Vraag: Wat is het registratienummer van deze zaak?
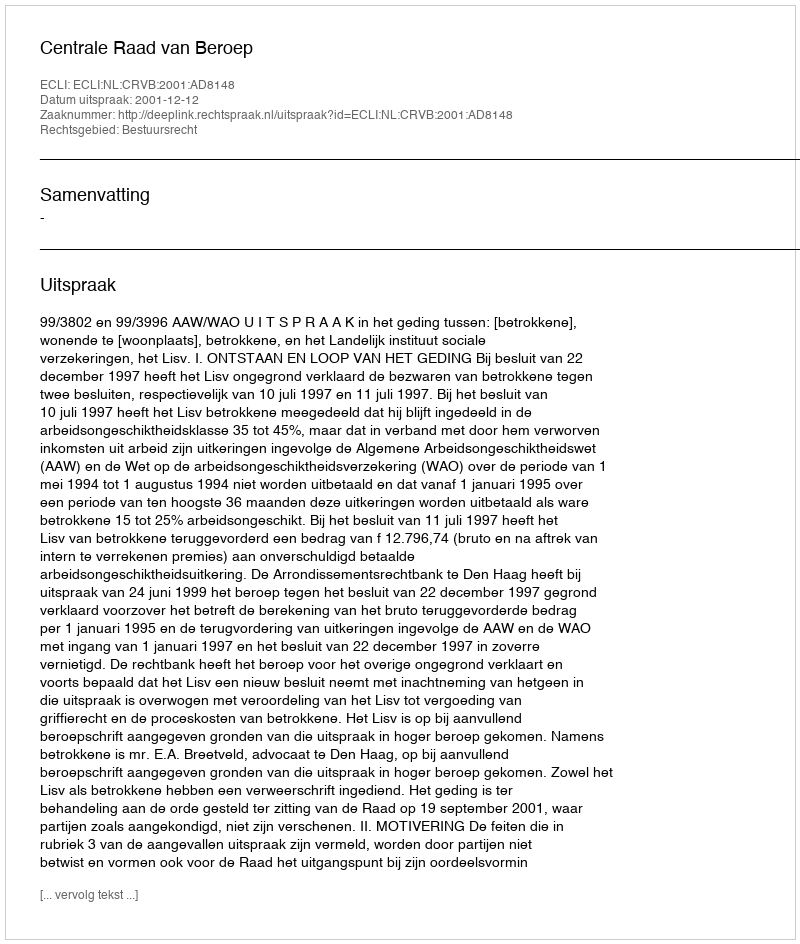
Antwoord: http://deeplink.rechtspraak.nl/uitspraak?id=ECLI:NL:CRVB:2001:AD8148